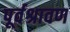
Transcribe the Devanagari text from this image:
पूर्वश्रावण